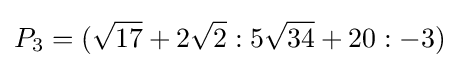
P_{3}=({\sqrt {17}}+2{\sqrt {2}}:5{\sqrt {34}}+20:-3)